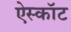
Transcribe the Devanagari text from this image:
ऐस्कॉट